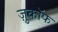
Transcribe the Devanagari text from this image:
ज़ुकाॅफ